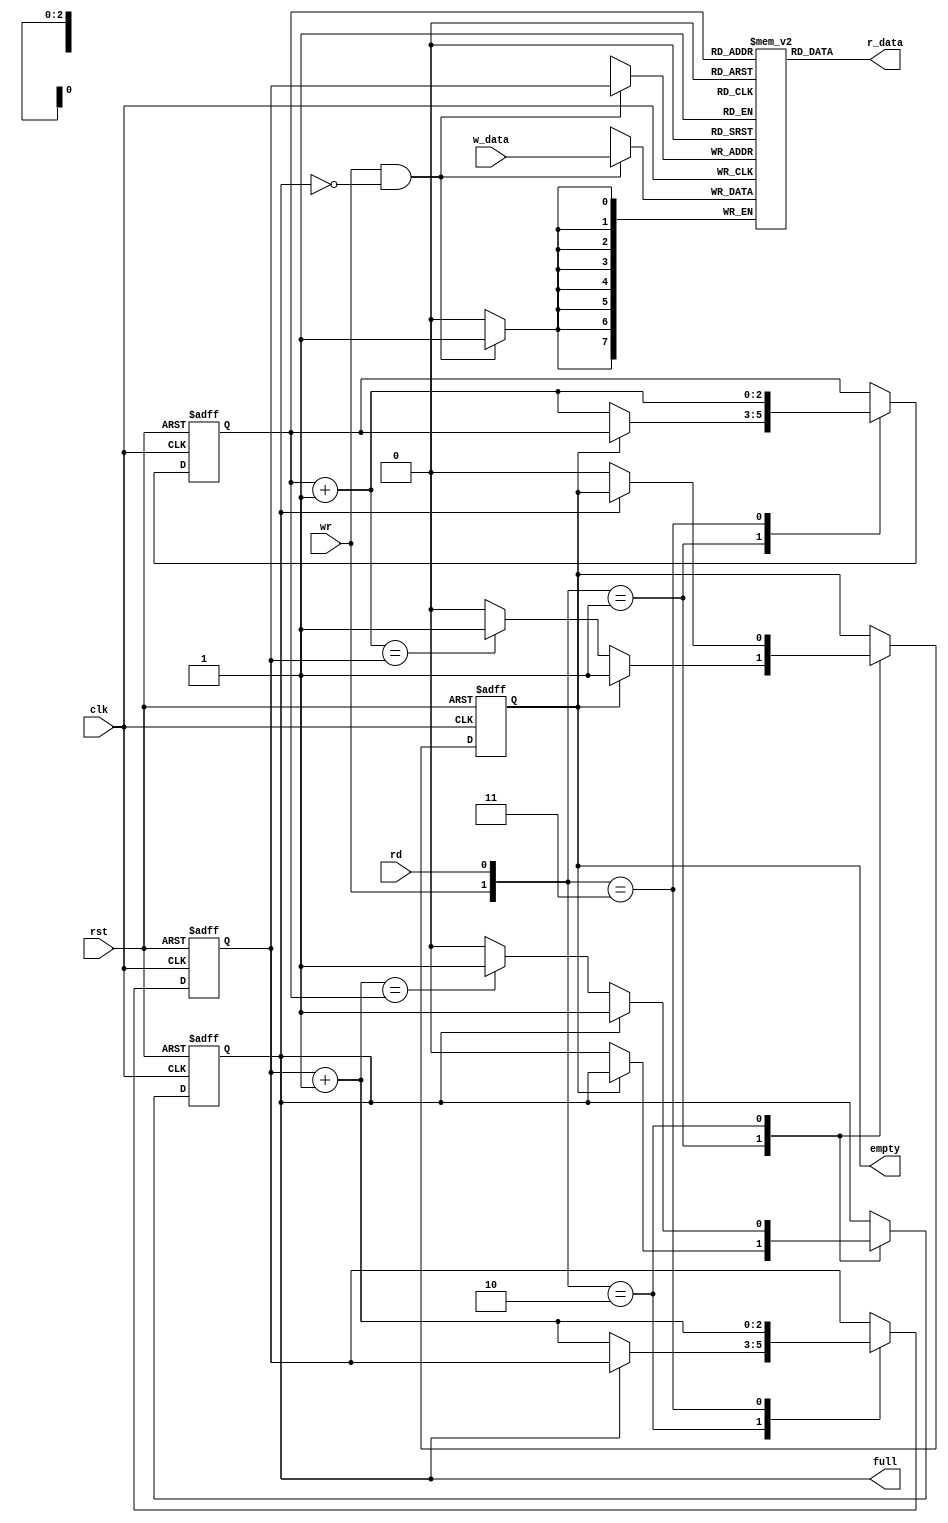
module fifo#(parameter B=8,w=3)(input clk,rst,rd,wr,input [B-1:0] w_data,output wire empty,full,output [B-1:0]r_data);

reg [B-1:0] array [2**w-1:0];
reg [w-1:0] w_ptr,w_ptr_nxt,w_ptr_suc,r_ptr,r_ptr_nxt,r_ptr_suc;
reg full_reg,empty_reg,full_nxt,empty_nxt;
wire wr_en;
always@(posedge clk)
if(wr_en)
array[w_ptr]<=w_data;
assign r_data=array[r_ptr];
assign wr_en=wr&(!full_reg);

always@(posedge clk,posedge rst)
begin
if(rst)
begin
w_ptr<=0;
r_ptr<=0;
full_reg <=0;
empty_reg <=1;
end
else
begin
w_ptr<=w_ptr_nxt;
r_ptr<=r_ptr_nxt;
full_reg<=full_nxt;
empty_reg<=empty_nxt;
end
end

always@*
begin
w_ptr_suc=w_ptr+1;
r_ptr_suc=r_ptr+1;
w_ptr_nxt = w_ptr;
r_ptr_nxt = r_ptr;
full_nxt = full_reg;
empty_nxt = empty_reg;
case({wr,rd})
2'b01:if(!empty_reg)
      begin
      r_ptr_nxt=r_ptr_suc;
      full_nxt=0;
      if(r_ptr_suc==w_ptr)
	empty_nxt=1;
      end
2'b10:if(!full_reg)
      begin
      w_ptr_nxt=w_ptr_suc;
      empty_nxt=0;
      if(w_ptr_suc==r_ptr)
	full_nxt=1;
      end
2'b11:begin
      w_ptr_nxt = w_ptr_suc;
      r_ptr_nxt = r_ptr_suc;
      end
endcase
end
assign full=full_reg;
assign empty=empty_reg;
endmodule